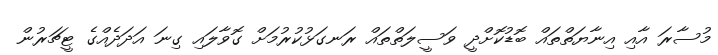
މުސާރަ އާއި އިނާޔަތްތައް ބޮޑުކޮށްދީ ވަސީލަތްތައް ރަނގަޅުކުރުމަށް ގޮވާލައި ގިނަ އަދަދެއްގެ ޓީޗަރުން